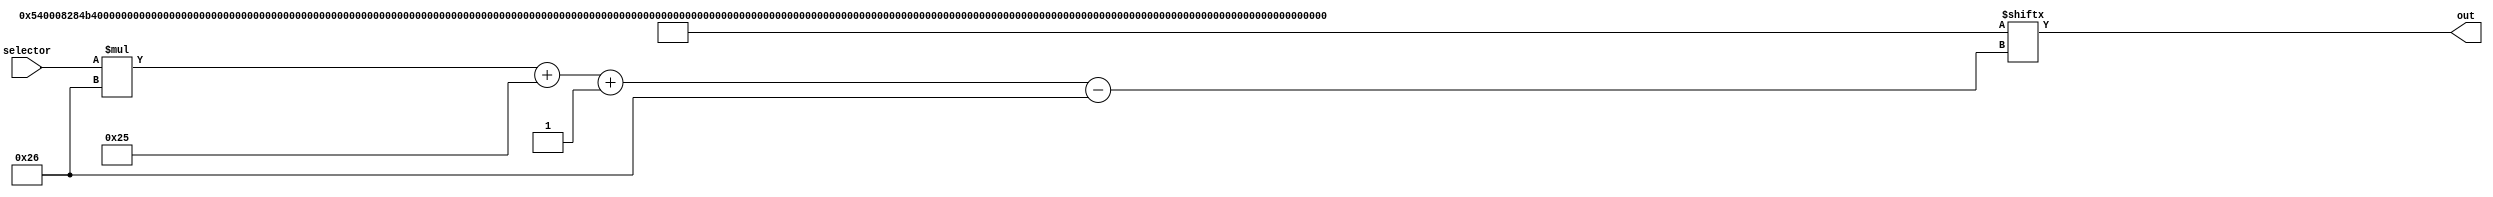
module rom1_8 (
    input [4:0] selector,
    output reg [37:0] out
  );
  
  
  
  localparam INPUTS = 874'h000540008284b400038c51a0000a115bd000580b22acd11aac3a5ad2586ce92e49e001500116000040003700000000dc00000007700010000d400000007500000001cc00000003300010001060001fffc17fffffff040007fffc10001ffff0230ab88a0072cb6200000057ffec0;
  
  always @* begin
    out = INPUTS[(selector)*38+37-:38];
  end
endmodule